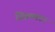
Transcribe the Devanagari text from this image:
जिब्रालटर